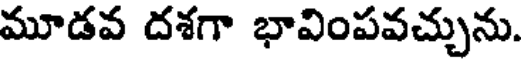
మూడవ దశగా భావింపవచ్చును.